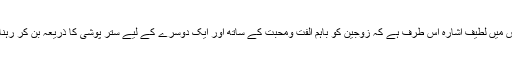
(البقرہ)اس میں لطیف اشارہ اس طرف ہے کہ زوجین کو باہم الفت ومحبت کے ساتھ اور ایک دوسرے کے لیے ستر پوشی کا ذریعہ بن کر رہنا چاہیے ۔